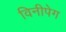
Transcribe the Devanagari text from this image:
विनीपेग